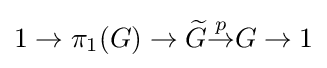
1\to \pi _{1}(G)\to {\widetilde {G}}{\overset {p}{\to }}G\to 1